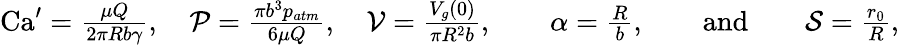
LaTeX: \begin{array}{r}{\textrm{Ca}^{\prime}=\frac{\mu Q}{2\pi Rb\gamma},\quad\mathcal{P}=\frac{\pi b^{3}p_{atm}}{6\mu Q},\quad\mathcal{V}=\frac{V_{g}(0)}{\pi R^{2}b},\qquad\alpha=\frac{R}{b},\qquad\mathrm{and}\qquad\mathcal{S}=\frac{r_{0}}{R},}\end{array}